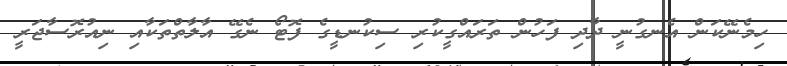
ހިމެނޭކަން އެނގުނީ ދާދި ފަހުން ތަރައްގީކުރި ސިކުނޑީގެ ފޮޓޯ ނެގޭ އާލާތްތަކާއި ނިއުރޮސާޖަރީ